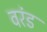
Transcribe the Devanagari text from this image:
वरंड